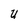
Character: U